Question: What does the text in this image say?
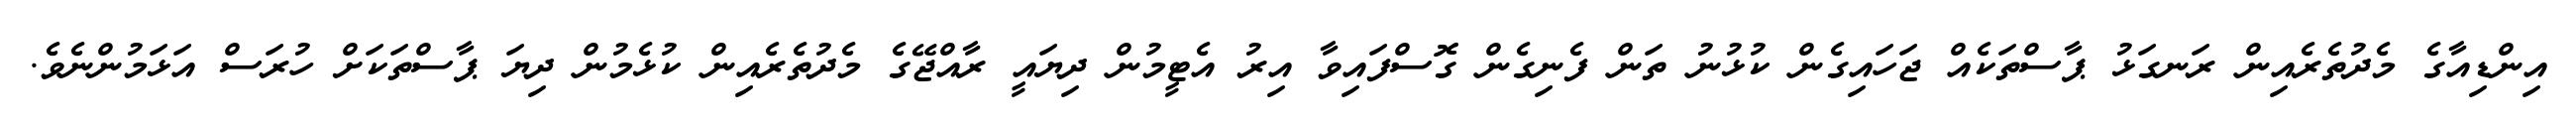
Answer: އިންޑިއާގެ މެދުތެރެއިން ރަނގަޅު ޕާސްތަކެއް ޖަހައިގެން ކުޅުނު ތަން ފެނިގެން ގޮސްފައިވާ އިރު އެޓީމުން ދިޔައީ ރާއްޖޭގެ މެދުތެރެއިން ކުޅެމުން ދިޔަ ޕާސްތަކަށް ހުރަސް އަޅަމުންނެވެ.